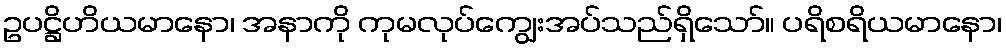
ဥပဋ္ဌိဟိယမာနော၊ အနာကို ကုမလုပ်ကျွေးအပ်သည်ရှိသော်။ ပရိစရိယမာနော၊